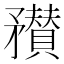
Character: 𥎞